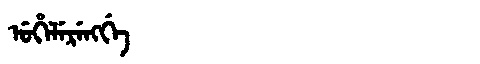
Manchu: ᡠᡥᡝᠯᡝᡵᡝᠩᡤᡝ
Romanization: UHELERENGGE